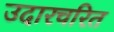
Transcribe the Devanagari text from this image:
उदारचरित